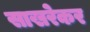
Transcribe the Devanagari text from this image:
साखरेकर